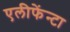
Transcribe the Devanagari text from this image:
एलीफेंन्टा